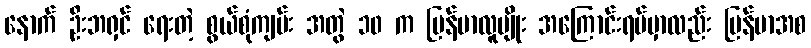
နောက် ဦးဘရှင် ရေးတဲ့ စွယ်စုံကျမ်း အတွဲ ၁၀ က မြန်မာလူမျိုး အကြောင်းရပ်မှာလည်း မြန်မာအစ